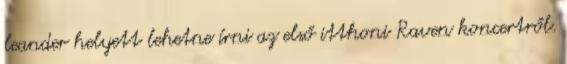
leander helyett lehetne í­rni az első itthoni Raven koncertről.